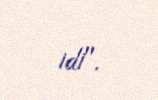
idi".